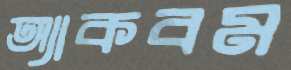
অ্যাকবম